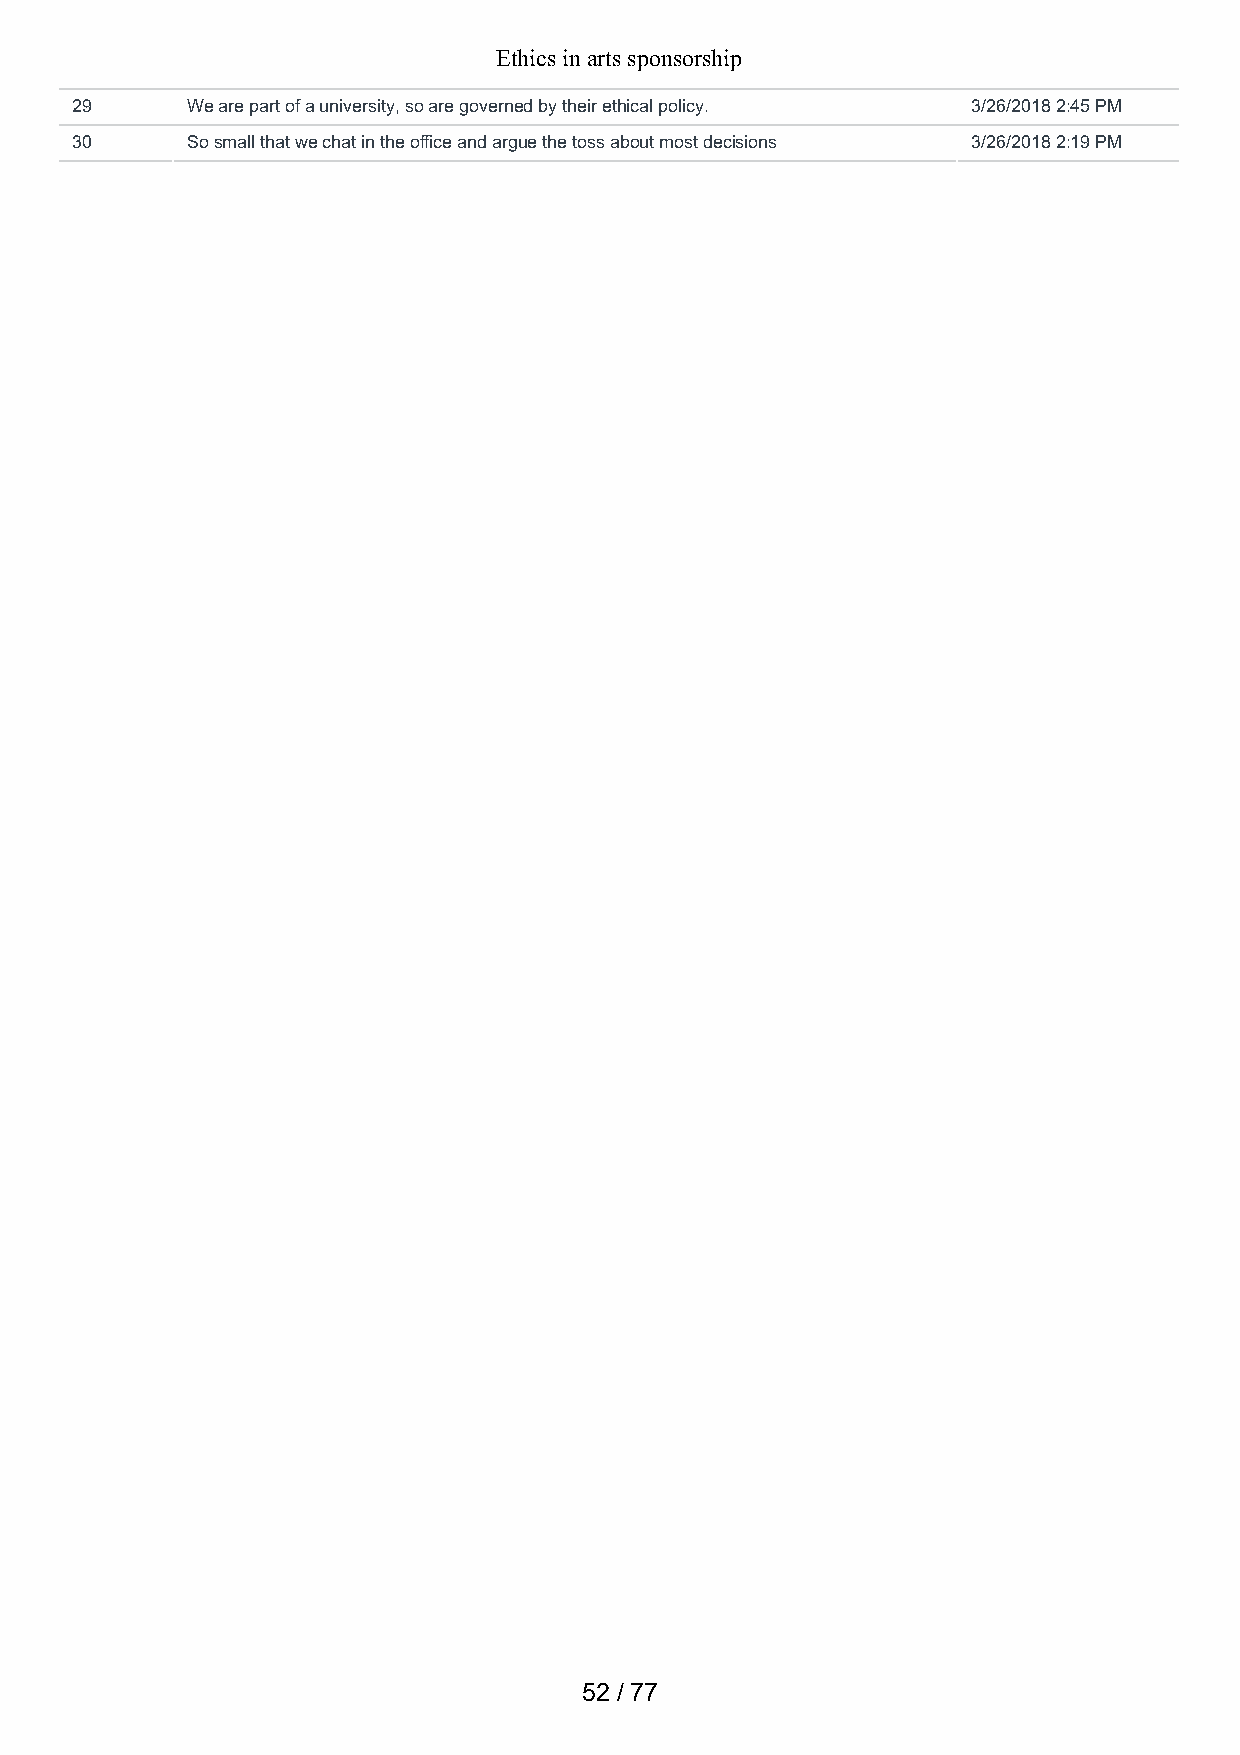
Ethics in arts sponsorship
 29     We are part of a university, so are governed by their ethical policy. 3/26/2018 2:45 PM
 30     So small that we chat in the office and argue the toss about most decisions 3/26/2018 2:19 PM
 52 / 77